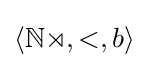
{\textstyle \langle \mathbb {No} ,\mathrm {<} ,b\rangle }